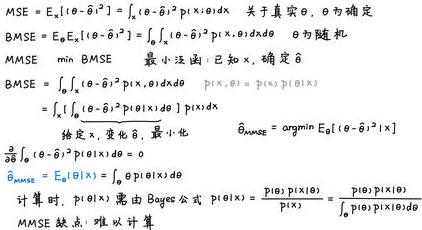
MSE&=E_x[(\theta -\( \hat{\theta}\))^2]=\int_x (\theta -\( \hat{\theta}\))^2 p(x) dx \quad 关于真实\( \theta, \theta \)为确定\\
BMSE&=E_{\theta}E_x[(\theta -\( \hat{\theta}\))^2]=\int_{\theta}\int_x (\theta -\( \hat{\theta}\))^2 p(x, \theta) dx d\theta \quad \theta 为随机\\
\(MMSE&=\min BMSE \quad \)最小泛函: 已知 x, 确定\( \hat{\theta}\)\\
\(BMSE&=\int_{\theta}\int_x (\theta -\( \hat{\theta}\))^2 p(x, \theta) dx d\theta \quad p(x, \theta)=p(x)p(\theta|x)\)\\
\(&=\int_x \left[\int_{\theta} (\theta -\( \hat{\theta}\))^2 p(\theta|x) d\theta\right] p(x) dx\)\\
&给定 x, 变化\( \hat{\theta}\), 最小化\\
\hat{\theta}_{MMSE}&=\underset{\hat{\theta}}{\arg\min} E_{\theta}[(\theta -\( \hat{\theta}\))^2|x]\\
\(\hat{\theta}_{MMSE}&=E_{\theta}[\theta|x]=\int_{\theta} \theta p(\theta|x) d\theta\)\\
&计算\( p(\theta|x) : \)用 Bayes 公式\( p(\theta|x)=\frac{p(\theta)p(x|\theta)}{p(x)}=\frac{p(\theta)p(x|\theta)}{\int_{\theta} p(\theta)p(x|\theta) d\theta}\)\\
&MSE 缺点: 难以计算